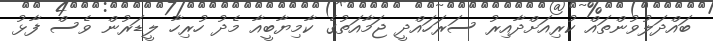
ބައްދަލުވުންތައް ކުރިއަށްދާއިރު ސަރަހައްދީ ޖަމާއަތުގެ ކާމިޔާބީއާ މެދު ހުރިހާ ލީޑަރުން ވެސް ފާޅު